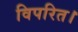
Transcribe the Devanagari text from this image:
विपरित।